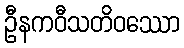
ဦနကဝီသတိဝဿော